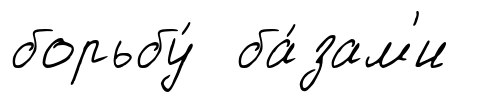
борьбу́ ба́зам'и